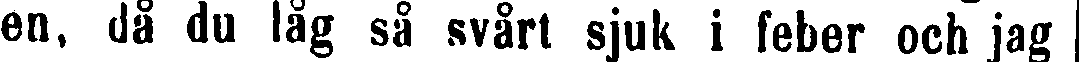
gen, då du låg så svårt sjuk i feber och jag